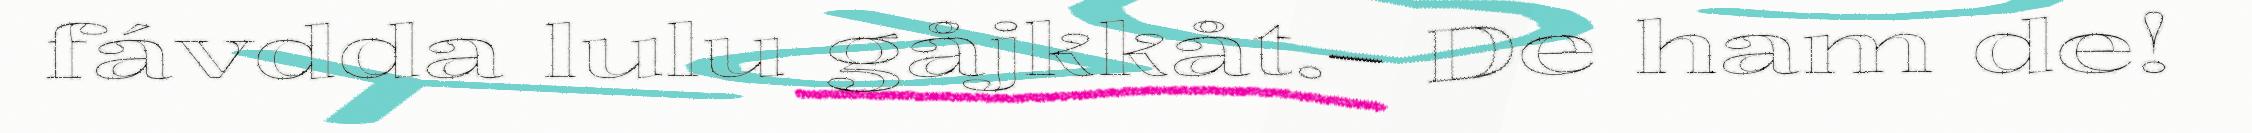
fávdda lulu gåjkkåt.– De ham de!